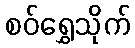
စဝ်ရွှေသိုက်